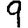
Digit: 9